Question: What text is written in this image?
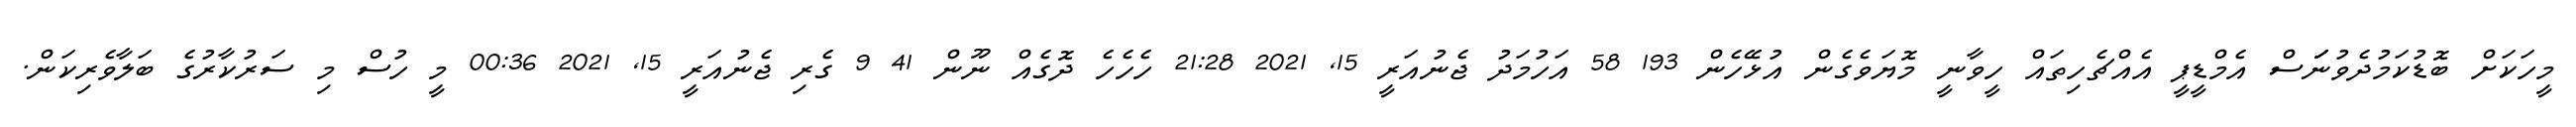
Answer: މީހަކަށް ބޮޑުކަމުދެވުނަަަސް އެމްޑީޕީ އެއްޗެހިތައް ހީވާނީ މޮޔަވެގެން އުޅޭހެން 193 58 އަހުމަދު ޖެނުއަރީ 15, 2021 21:28 ހެހެހެ ދޮގެއް ނޫން 41 9 ގެރި ޖެނުއަރީ 15, 2021 00:36 މީ ހުސް މި ސަރުކާރުގެ ބަލާވެރިކަން.